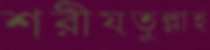
শরীয়তুল্লাহ